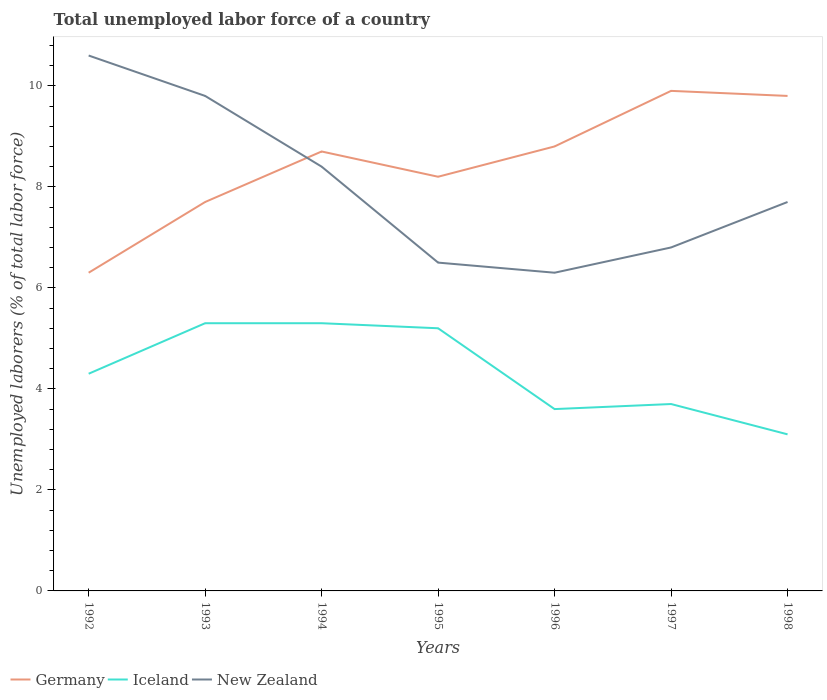
| Years | Germany | Iceland | New Zealand |
 | --- | --- | --- | --- |
 | 1992 | 6.3 | 4.3 | 10.6 |
 | 1993 | 7.7 | 5.3 | 9.8 |
 | 1994 | 8.7 | 5.3 | 8.4 |
 | 1995 | 8.2 | 5.2 | 6.5 |
 | 1996 | 8.8 | 3.6 | 6.3 |
 | 1997 | 9.9 | 3.7 | 6.8 |
 | 1998 | 9.8 | 3.1 | 7.7 |